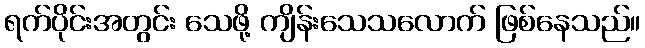
ရက်ပိုင်းအတွင်း သေဖို့ ကျိန်းသေသလောက် ဖြစ်နေသည်။